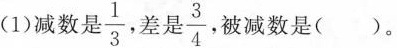
(1)减数是 \frac{1}{3} 差是 \frac{3}{4}$$ 被减数是()。